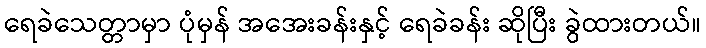
ရေခဲသေတ္တာမှာ ပုံမှန် အအေးခန်းနှင့် ရေခဲခန်း ဆိုပြီး ခွဲထားတယ်။